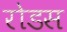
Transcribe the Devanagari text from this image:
रोडस